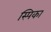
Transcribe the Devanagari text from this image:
स्पिका